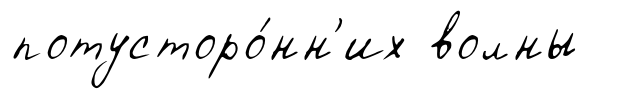
потусторо́нн'их волны